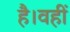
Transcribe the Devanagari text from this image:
है।वहीं